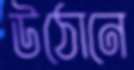
উঠোনে